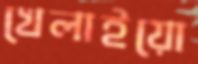
খেলাইয়ো